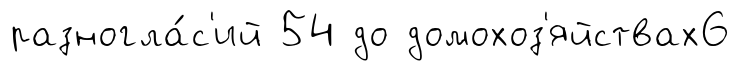
разногла́с'ий 54 до домохоз'яйствах6